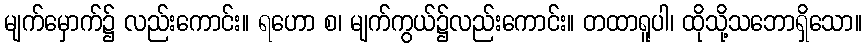
မျက်မှောက်၌ လည်းကောင်း။ ရဟော စ၊ မျက်ကွယ်၌လည်းကောင်း။ တထာရူပါ၊ ထိုသို့သဘောရှိသော။